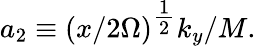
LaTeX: a_{2}\equiv(x/2\Omega)^{\textstyle\frac{1}{2}}k_{y}/M.